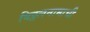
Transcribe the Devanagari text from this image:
विठ्ठलनामाची